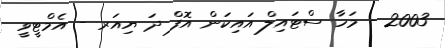
2003 - މަހާ ސްޓައިލް އައިކަން އޮފް ދަ ޔިއަރ - އެމްޓީވީ